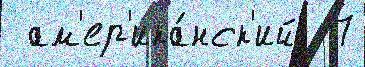
 ам'ер'ика́нск'ий  7